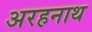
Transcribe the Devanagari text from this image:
अरहनाथ